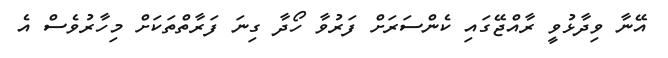
އޭނާ ވިދާޅުވީ ރާއްޖޭގައި ކެންސަރަށް ފަރުވާ ހޯދާ ގިނަ ފަރާތްތަކަށް މިހާރުވެސް އެ